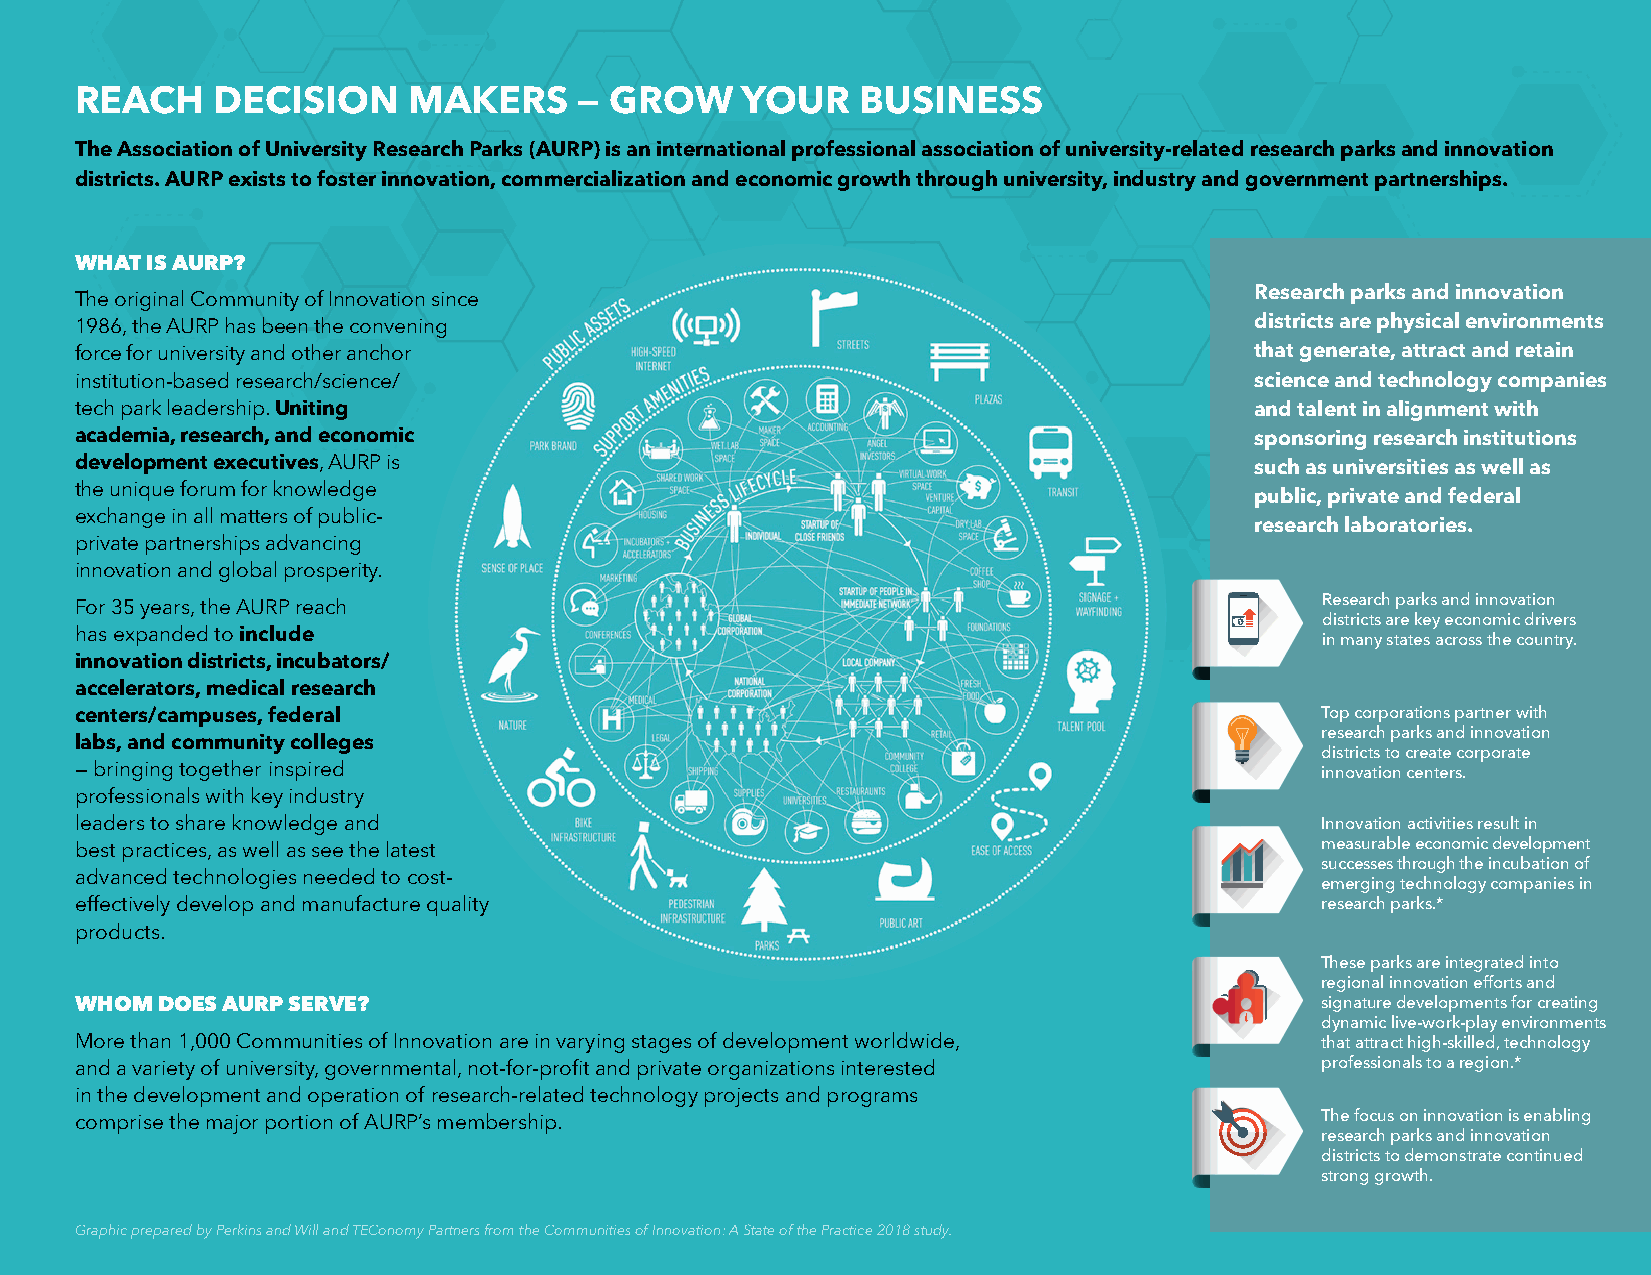
REACH    DECISION     MAKERS     — GROW     YOUR    BUSINESS
 The Association of University Research Parks (AURP) is an international professional association of university-related research parks and innovation
 districts. AURP exists to foster innovation, commercialization and economic growth through university, industry and government partnerships.
 WHAT IS AURP?
 Research parks and innovation
 The original Community of Innovation since
 1986, the AURP has been the convening                                         districts are physical environments
 force for university and other anchor                                         that generate, attract and retain
 institution-based research/science/                                           science and technology companies
 tech park leadership. Uniting                                                 and talent in alignment with
 academia, research, and economic                                              sponsoring research institutions
 development executives, AURP is                                               such as universities as well as
 the unique forum for knowledge
 public, private and federal
 exchange in all matters of public-
 research laboratories.
 private partnerships advancing
 innovation and global prosperity.
 For 35 years, the AURP reach                                                      Research parks and innovation
 districts are key economic drivers
 has expanded to include
 in many states across the country.
 innovation districts, incubators/
 accelerators, medical research
 centers/campuses, federal                                                         Top corporations partner with
 research parks and innovation
 labs, and community colleges
 districts to create corporate
 — bringing together inspired                                                      innovation centers.
 professionals with key industry
 leaders to share knowledge and                                                    Innovation activities result in
 best practices, as well as see the latest                                         measurable economic development
 successes through the incubation of
 advanced technologies needed to cost-
 emerging technology companies in
 effectively develop and manufacture quality                                       research parks.*
 products.
 These parks are integrated into
 regional innovation efforts and
 WHOM DOES AURP SERVE?                                                             signature developments for creating
 dynamic live-work-play environments
 More than 1,000 Communities of Innovation are in varying stages of development worldwide, that attract high-skilled, technology
 and a variety of university, governmental, not-for-profit and private organizations interested professionals to a region.*
 in the development and operation of research-related technology projects and programs
 comprise the major portion of AURP’s membership.                                  The focus on innovation is enabling
 research parks and innovation
 districts to demonstrate continued
 strong growth.
 Graphic prepared by Perkins and Will and TEConomy Partners from the Communities of Innovation: A State of the Practice 2018 study.